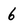
Character: 6